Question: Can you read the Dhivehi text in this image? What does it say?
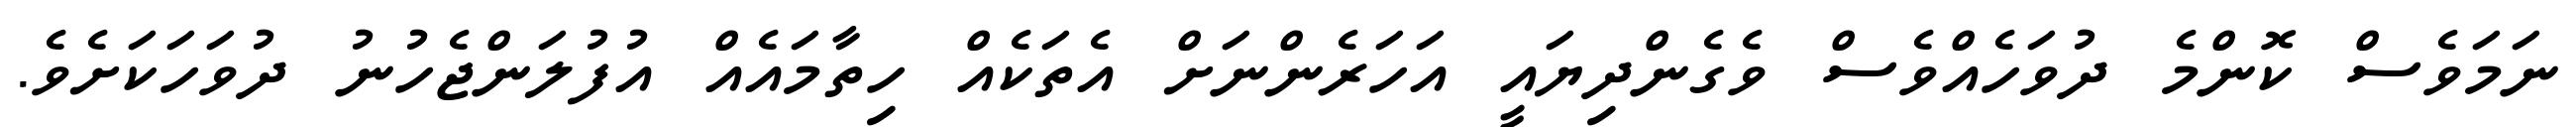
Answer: ނަމަވެސް ކޮންމެ ދުވަހެއްވެސް ވެގެންދިޔައީ އަހަރެންނަށް އެތަކެއް ހިތާމައެއް އުފުލަންޖެހުނު ދުވަހަކަށެވެ.